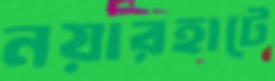
নয়ারহাটে